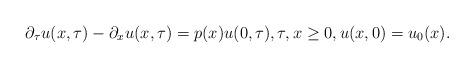
LaTeX: \begin{align*} \partial_\tau u(x,\tau) - \partial_x u(x,\tau) &= p(x)u(0,\tau), \tau,x \ge0, u(x,0) = u_0(x). \end{align*}